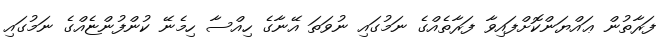
ފަރާތުން ޢައްޔަންކޮށްފައިވާ ފަރާތެއްގެ ނަމުގައި ނުވަތަ އޭނާގެ ހިއްސާ ހިމެނޭ ކުންފުންޏެއްގެ ނަމުގައި